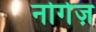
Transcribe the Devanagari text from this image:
नोगेज़